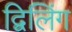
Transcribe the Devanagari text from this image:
द्विलिंग